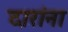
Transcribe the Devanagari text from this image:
दारांना